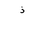
Letter: _thal